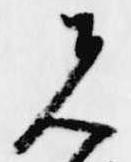
先